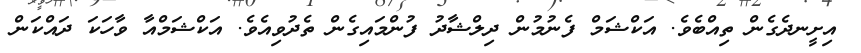
އިށީނދެގެން ތިއްބެވެ. އަކްޝަމް ފެނުމުން ދިލްޝާދު ފުންމައިގެން ތެދުވިއެވެ. އަކްޝަމްއާ ވާހަކަ ދައްކަން